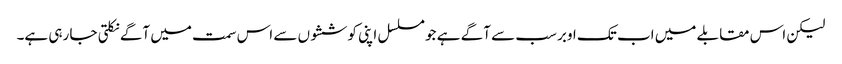
لیکن اس مقابلے میں اب تک اوبر سب سے آگے ہے جو مسلسل اپنی کوششوں سے اس سمت میں آگے نکلتی جا رہی ہے۔